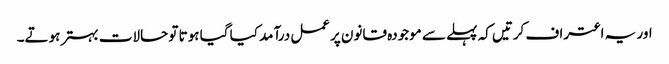
اور یہ اعتراف کرتیں کہ پہلے سے موجودہ قانون پرعمل درآمد کیا گیا ہوتا تو حالات بہتر ہوتے۔